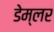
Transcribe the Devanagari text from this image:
डेम्लर